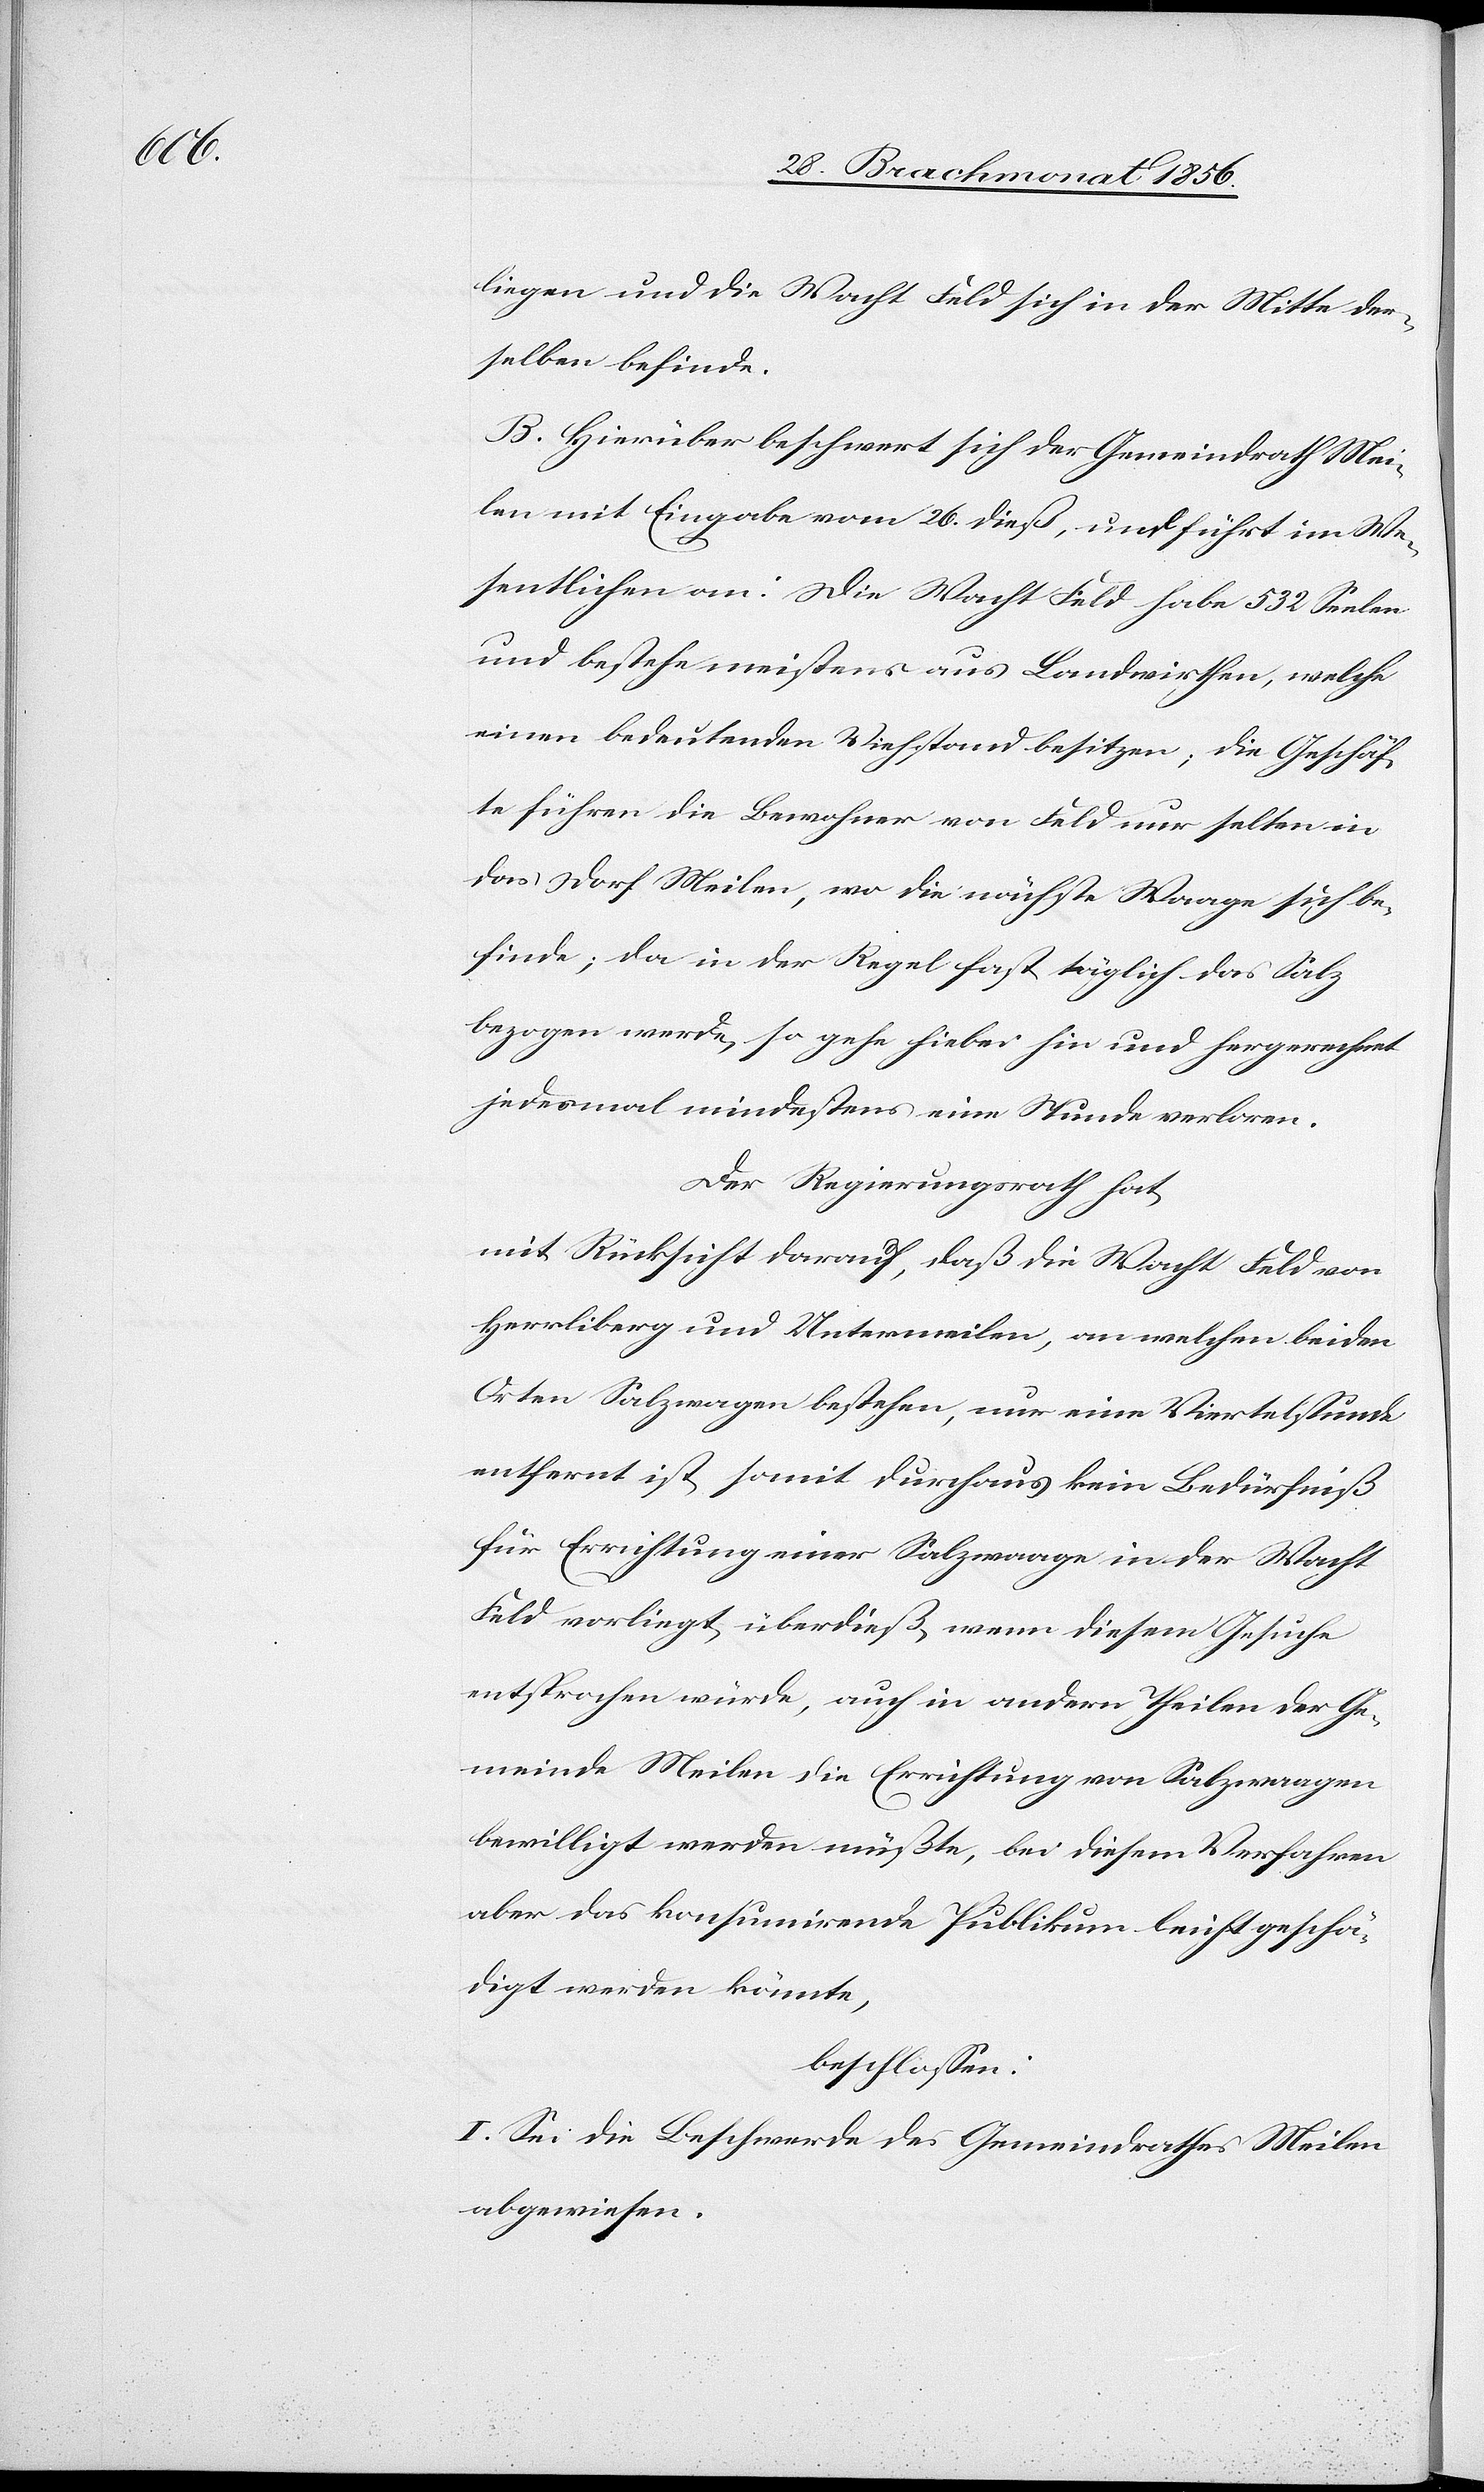
liegen und die Wacht Feld sich in der Mitte der¬
selben befinde.
B. Hierüber beschwert sich der Gemeindrath Mei¬
len mit Eingabe vom 26. dieß, und führt im We¬
sentlichen an: Die Wacht Feld habe 532 Seelen
und bestehe meistens aus Landwirthen, welche
einen bedeutenden Viehstand besitzen; die Geschäf¬
te führen die Bewohner von Feld nur selten in
das Dorf Meilen, wo die nächste Waage sich be¬
finde; da in der Regel fast täglich das Salz
bezogen werde, so gehe hiebei hin und hergerechnet
jedesmal mindestens eine Stunde verloren.
Der Regierungsrath hat,
mit Rücksicht darauf, daß die Wacht Feld von
Herrliberg und Untermeilen, an welchen beiden
Orten Salzwagen bestehen, nur eine Viertelstunde
entfernt ist, somit durchaus kein Bedürfniß
für Errichtung einer Salzwaage in der Wacht
Feld vorliegt, überdieß, wenn diesem Gesuche
entsprochen würde, auch in andern Theilen der Ge¬
meinde Meilen die Errichtung von Salzwaagen
bewilligt werden müßte, bei diesem Verfahren
aber das konsumirende Publikum leicht geschä¬
digt werden könnte,
beschlossen:
I. Sei die Beschwerde des Gemeindrathes Meilen
abgewiesen.